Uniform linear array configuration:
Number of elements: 4
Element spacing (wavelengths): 0.25
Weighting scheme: binomial
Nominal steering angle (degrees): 30
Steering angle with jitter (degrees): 28.224
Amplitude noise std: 0.05
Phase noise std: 0.05

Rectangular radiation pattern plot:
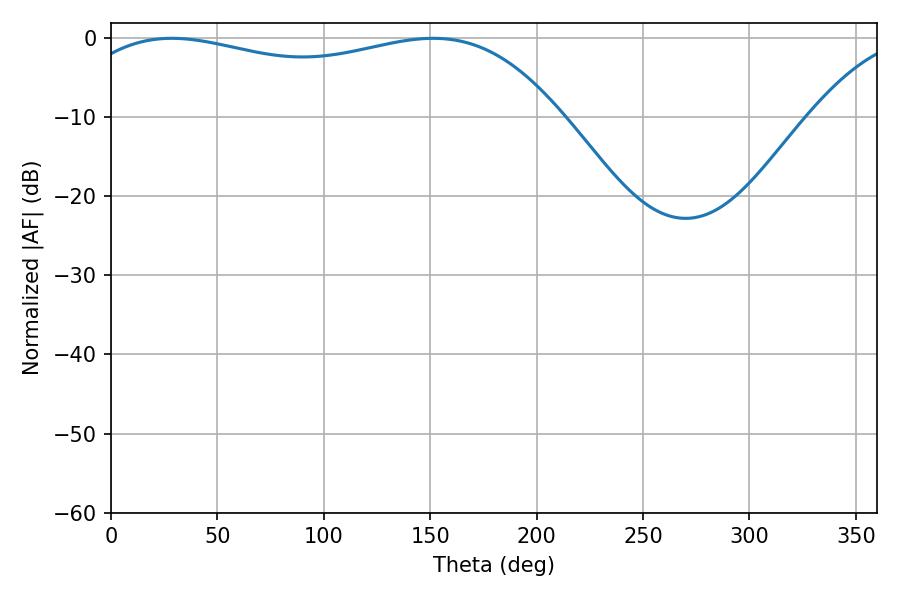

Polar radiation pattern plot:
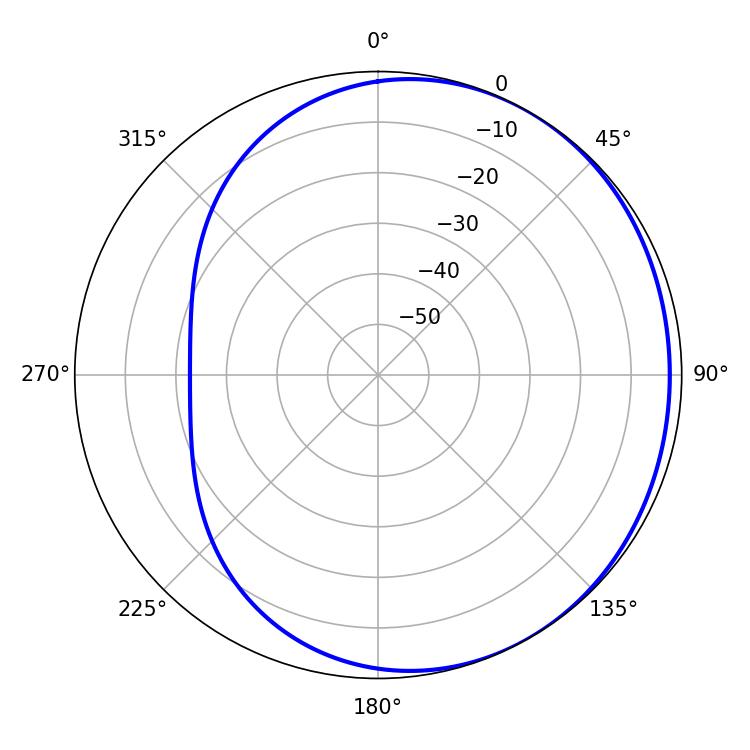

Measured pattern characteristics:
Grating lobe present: FALSE
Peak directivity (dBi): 1.497
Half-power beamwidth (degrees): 186.48
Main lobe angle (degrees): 28.62